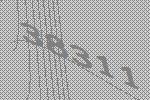
38311